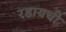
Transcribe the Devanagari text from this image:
रडायची